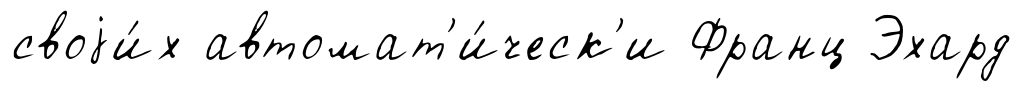
своjи́х автомат'и́ческ'и Франц Эхард